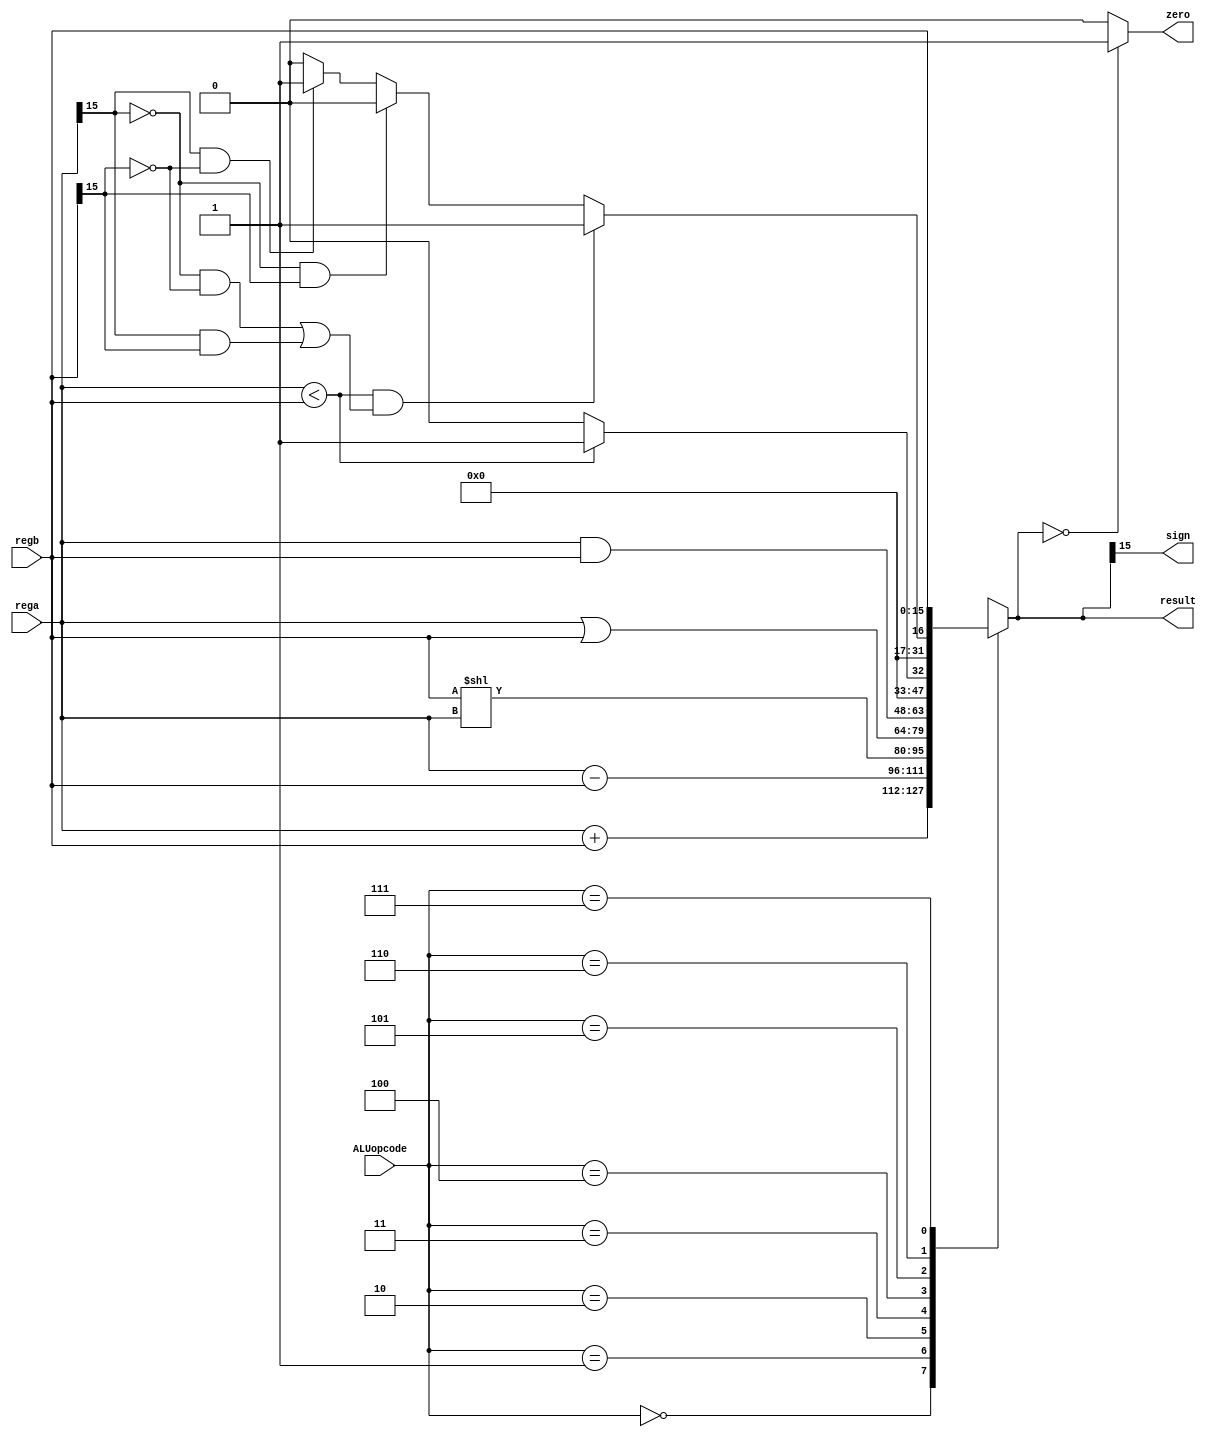
module ALU(  
    input [2:0] ALUopcode,  
    input [15:0] rega,  
    input [15:0] regb,  
    output reg [15:0] result,  
    output zero,  
    output sign  
);  

	assign zero = (result==0)?1:0;  
	assign sign = result[15];  
	
	always @( ALUopcode or rega or regb ) begin  
		case (ALUopcode)  
			3'b000 : result = rega + regb;  
			3'b001 : result = rega - regb;  
			3'b010 : result = regb << rega;  
			3'b011 : result = rega | regb;  
			3'b100 : result = rega & regb;  
			3'b101 : result = (rega < regb)?1:0;   
			3'b110 : begin  
				if (rega<regb &&(( rega[15] == 0 && regb[15]==0) ||  
				(rega[15] == 1 && regb[15]==1))) result = 1;  
				else if (rega[15] == 0 && regb[15]==1) result = 0;  
				else if ( rega[15] == 1 && regb[15]==0) result = 1;  
				else result = 0;  
			end  
			3'b111 : result = regb;  
		endcase  
	end 
	 
endmodule